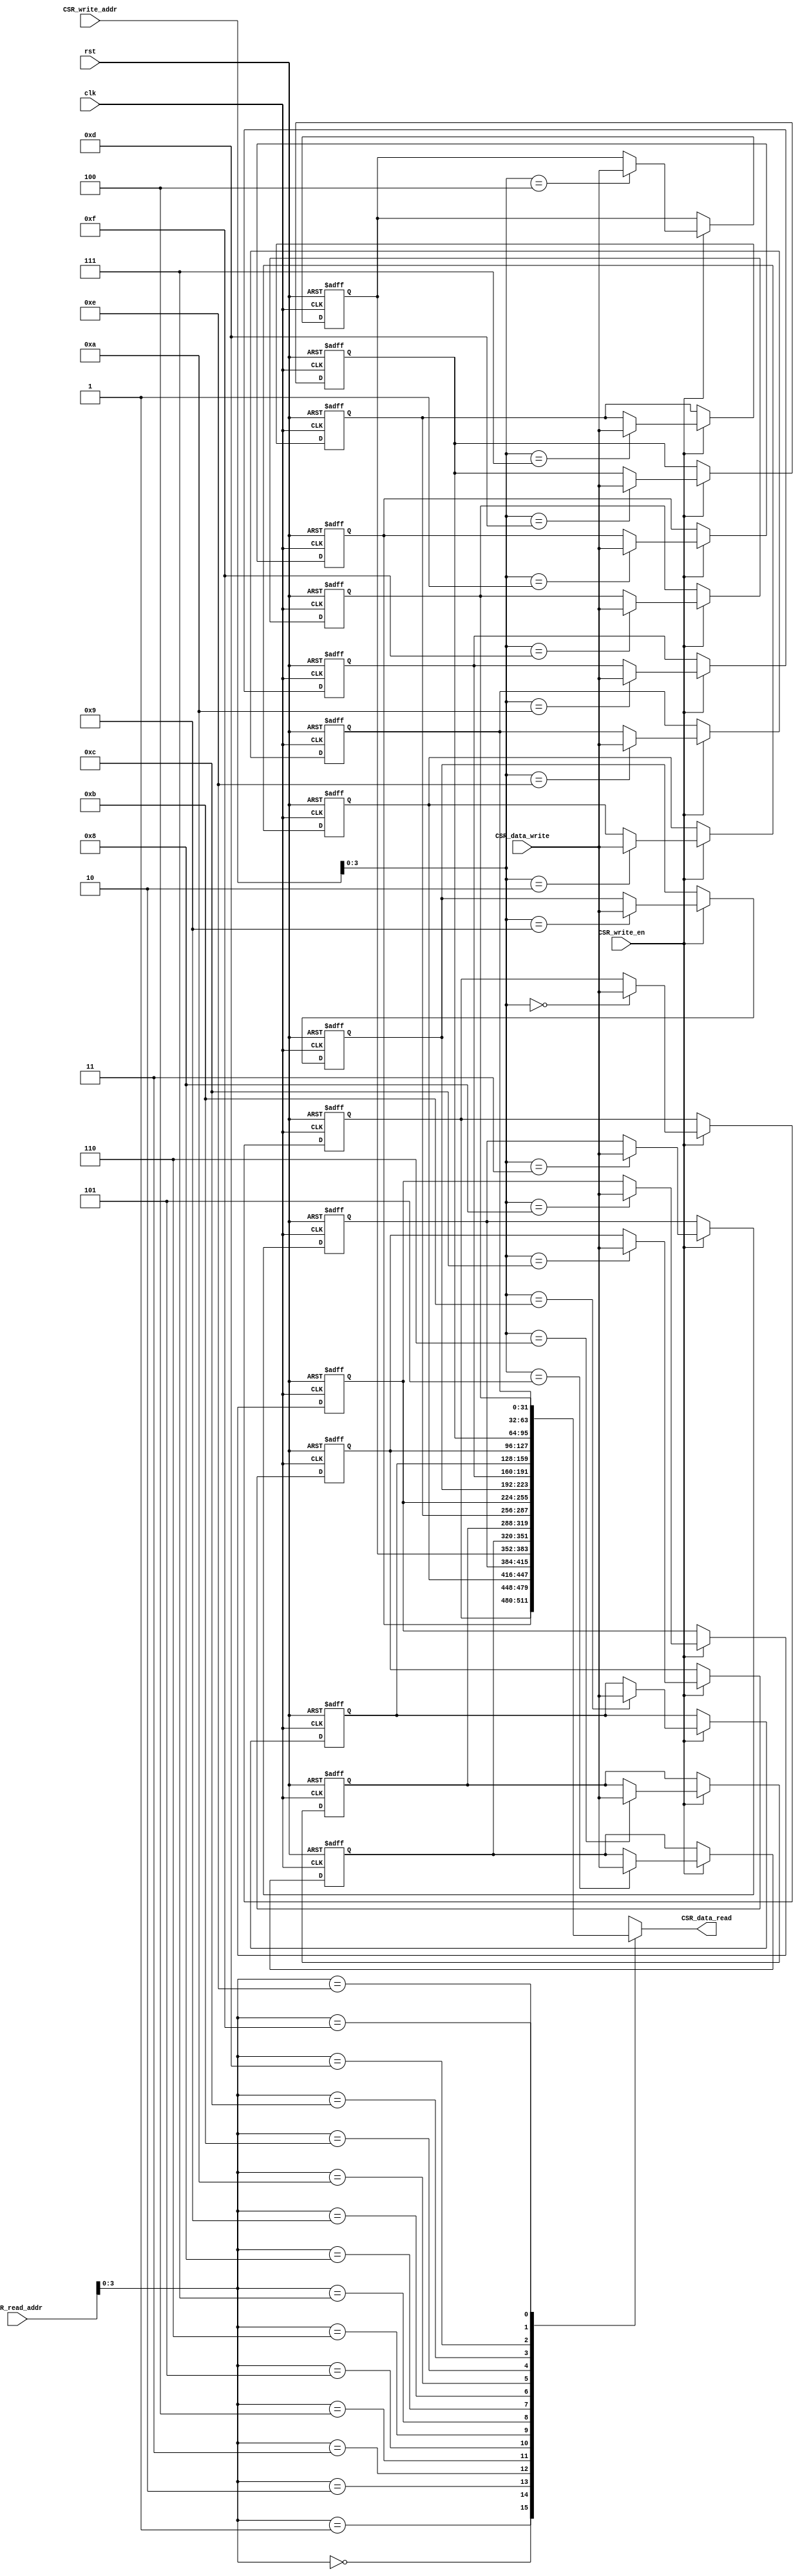
`timescale 1ns / 1ps
//////////////////////////////////////////////////////////////////////////////////
// Company: 
// Engineer: 
// 
// Design Name: 
// Module Name: CS_Regfile
// Project Name: 
// Target Devices: 
// Tool Versions: 
// Description: 
// 
// Dependencies: 
// 
// Revision:
// Revision 0.01 - File Created
// Additional Comments:
// 
//////////////////////////////////////////////////////////////////////////////////


module CSR_Regfile #(parameter CSR_ADDR_LEN = 4)(
    input clk,
    input rst,
    input CSR_write_en,
    input [11:0] CSR_write_addr,
    input [11:0] CSR_read_addr,
    input [31:0] CSR_data_write,
    output [31:0] CSR_data_read
    );
    
    localparam CSR_SIZE = 1 << CSR_ADDR_LEN;
    localparam UNUSED_ADDR_LEN = 12 - CSR_ADDR_LEN;
    
    reg [31:0] CSR[CSR_SIZE-1 : 0];
    integer i;

    wire [CSR_ADDR_LEN-1   : 0] write_addr;
    wire [UNUSED_ADDR_LEN-1: 0] unused_write_addr;
    assign {unused_write_addr, write_addr} = CSR_write_addr;

    wire [CSR_ADDR_LEN-1   : 0] read_addr;
    wire [UNUSED_ADDR_LEN-1: 0] unused_read_addr;
    assign {unused_read_addr, read_addr} = CSR_read_addr;

    // init CSR file
    initial
    begin
        for(i = 0; i < CSR_SIZE; i = i + 1) 
            CSR[i][31:0] <= 32'b0;
    end

    // write in clk posedge, so read data will be the old one
    always@(posedge clk or posedge rst) 
    begin 
        if (rst)
            for (i = 0; i < CSR_SIZE; i = i + 1) 
                CSR[i][31:0] <= 32'b0;
        else if(CSR_write_en)
            CSR[write_addr] <= CSR_data_write;   
    end

    // read CSR file
    assign CSR_data_read = CSR[read_addr];
endmodule